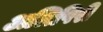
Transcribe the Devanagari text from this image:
अलिपिरी